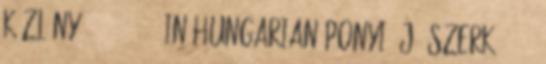
Közlöny, 82: 64-67. In Hungarian Ponyi, J. szerk. 2002